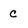
Character: c